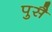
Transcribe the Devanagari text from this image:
पुसै